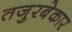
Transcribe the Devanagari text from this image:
तजुरबेकार